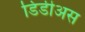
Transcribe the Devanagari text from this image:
डिडीअस